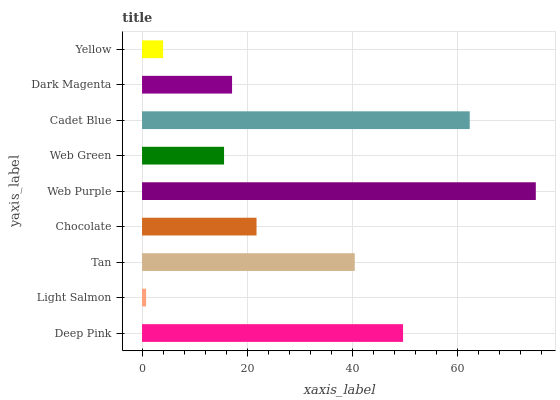
| yaxis_label | bars |
 | --- | --- |
 | Deep Pink | 49.6 |
 | Light Salmon | 0.771 |
 | Tan | 40.4 |
 | Chocolate | 21.8 |
 | Web Purple | 74.9 |
 | Web Green | 15.6 |
 | Cadet Blue | 62.3 |
 | Dark Magenta | 17.1 |
 | Yellow | 4.01 |